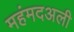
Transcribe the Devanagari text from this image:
महंमदअली